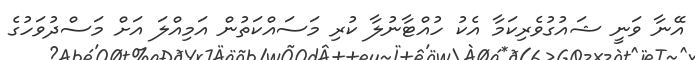
އޭނާ ވަނީ ޝައުގުވެރިކަމާ އެކު ހުއްޓާނުލާ ކުރި މަސައްކަތުން އަމިއްލަ އަށް މަސްދުވަހުގެ